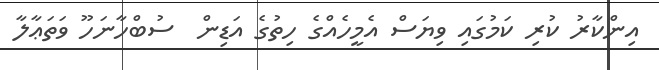
އިންކާރު ކުރި ކަމުގައި ވިޔަސް އެމީހެއްގެ ހިތުގެ އަޑިން  ސުބްހާނަހޫ ވަތަޢާލާ